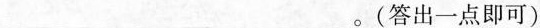
___。(答出一点即可)